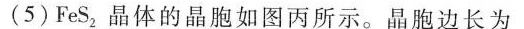
(5)FeS_{2}，晶体的晶胞如图丙所示。晶胞边长为